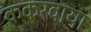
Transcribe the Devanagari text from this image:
ककरवाया